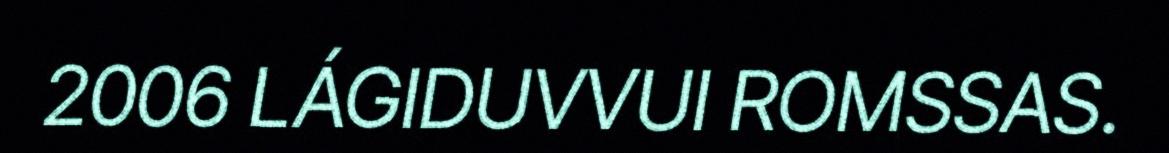
2006 LÁGIDUVVUI ROMSSAS.